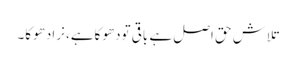
تلاش حق اصل ہے باقی تودھوکاہے، نرادھوکا۔